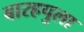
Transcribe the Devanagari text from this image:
बारहपुला